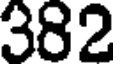
382